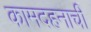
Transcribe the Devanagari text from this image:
कामदहनाची